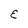
Character: E